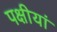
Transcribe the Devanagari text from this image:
पक्षीयां